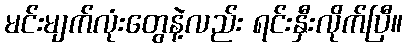
မင်းမျက်လုံးတွေနဲ့လည်း ရင်းနှီးလိုက်ပြီ။